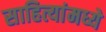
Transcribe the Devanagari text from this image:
साहित्यांमध्ये